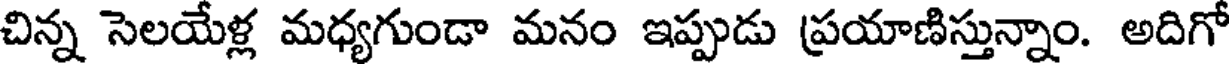
చిన్న సెలయేళ్ల మధ్యగుండా మనం ఇప్పుడు ప్రయాణిస్తున్నాం. అదిగో